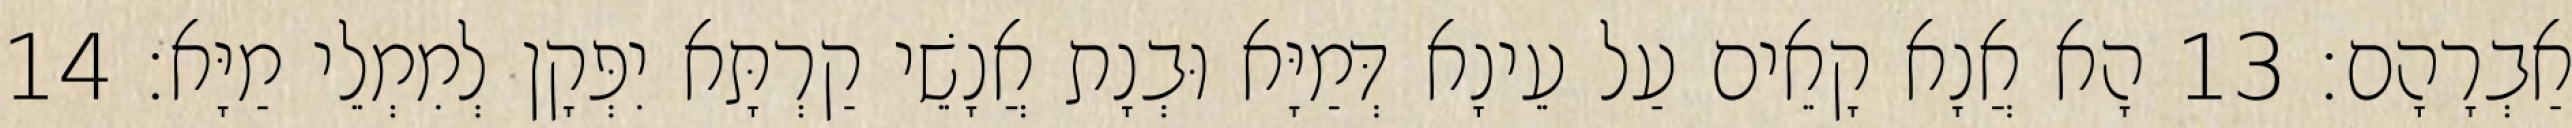
אַבְרָהָם׃ 13 הָא אֲנָא קָאֵים עַל עֵינָא דְּמַיָּא וּבְנָת אֲנָשֵׁי קַרְתָּא יִפְּקָן לְמִמְלֵי מַיָּא׃ 14